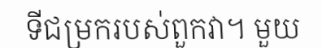
ទីជម្រករបស់ពួកវា។ មួយ